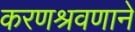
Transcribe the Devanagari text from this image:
करणश्रवणाने